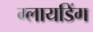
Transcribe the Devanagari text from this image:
ग्लायडिंग